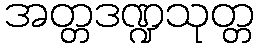
အတ္တဒဏ္ဍသုတ္တ